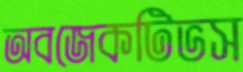
অবজেকটিভস